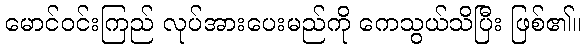
မောင်ဝင်းကြည် လုပ်အားပေးမည်ကို ကေသွယ်သိပြီး ဖြစ်၏။